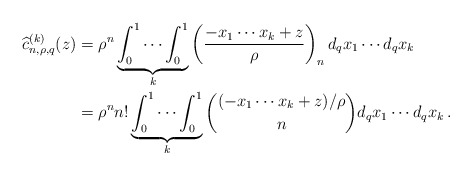
\begin{align*} \widehat c_{n,\rho,q}^{(k)}(z)&=\rho^n\underbrace{\int_0^1\cdots\int_0^1}_k\left(\frac{-x_1\cdots x_k+z}{\rho}\right)_n d_q x_1\cdots d_q x_k\\&=\rho^n n!\underbrace{\int_0^1\cdots\int_0^1}_k\binom{(-x_1\cdots x_k+z)/\rho}{n}d_q x_1\cdots d_q x_k\,. \end{align*}